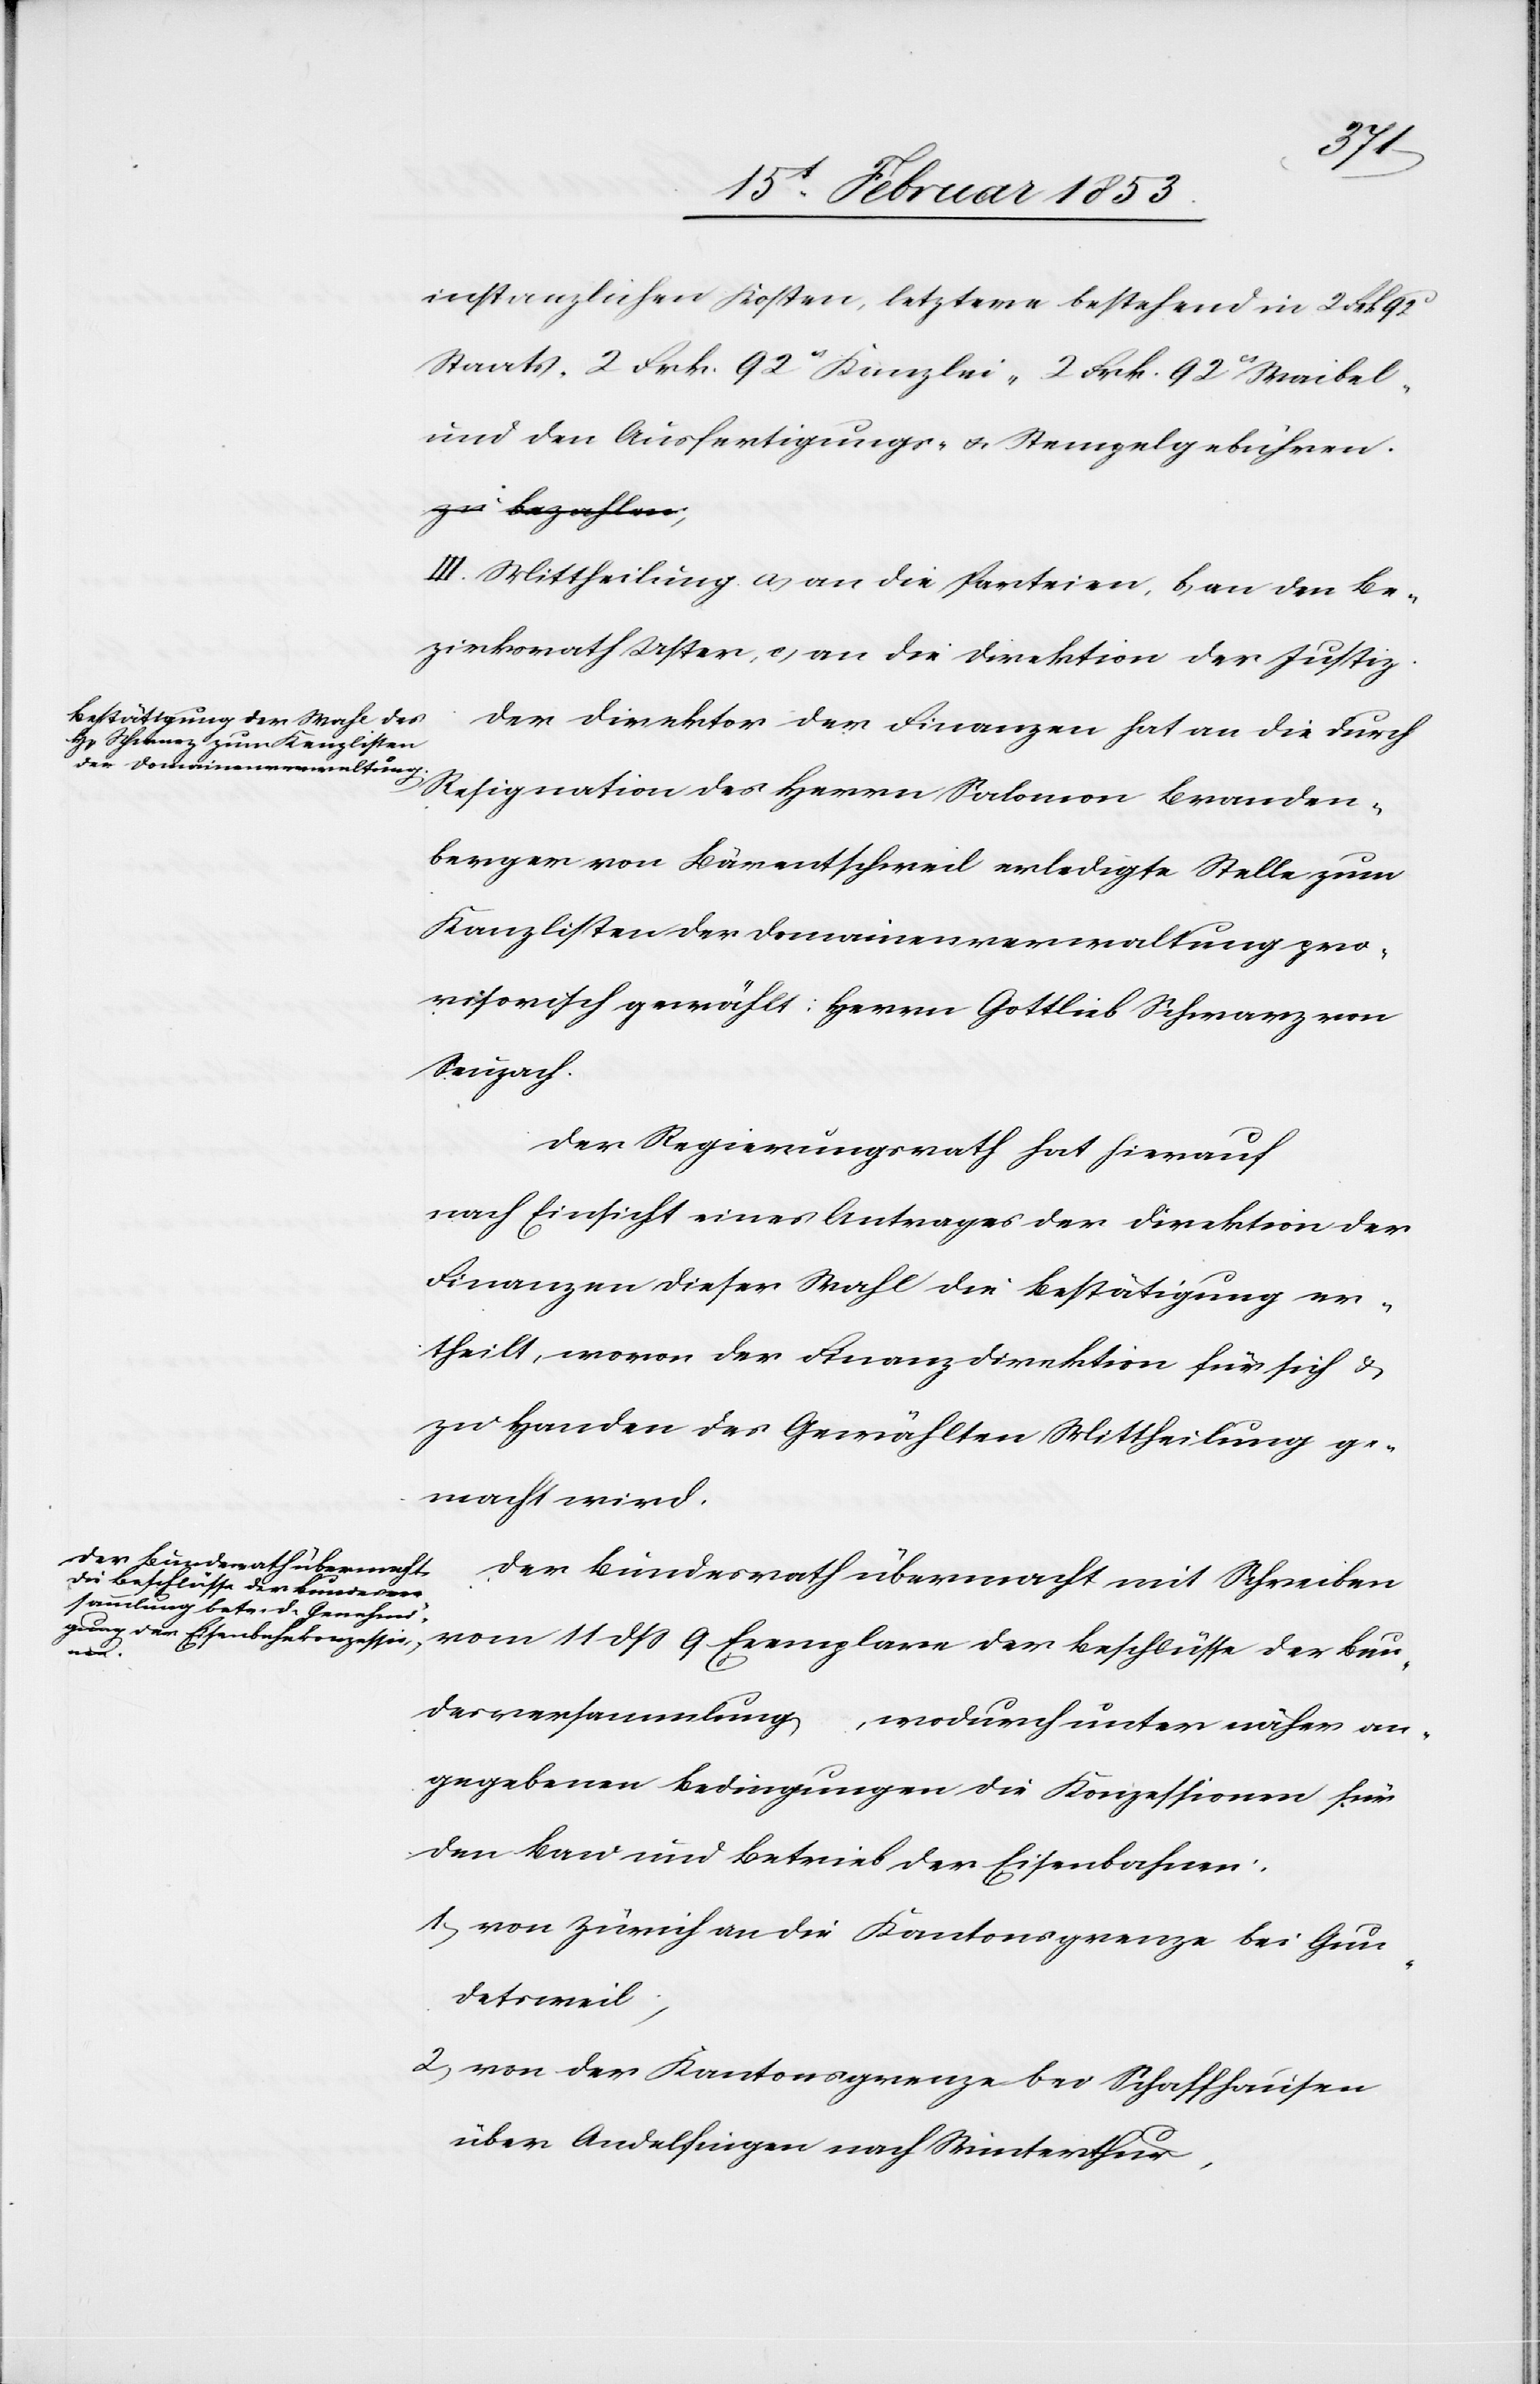
instanzlichen Kosten, letztere bestehend in 2 Frk 92
Staats- 2 Frk. 92 cs Kanzlei- 2 Frk. 92 cs Waibel-
und den Ausfertigungs- u. Stempelgebühren.
III. Mittheilung a, an die Parteien, b, an den Be¬
zirksrath Uster, c, an die Direktion der Justiz.
Der Direktor der Finanzen hat an die durch
Resignation des Herrn Salomon Branden¬
berger von Bärentschweil erledigte Stelle zum
Kanzlisten der Domainenverwaltung pro¬
visorische gewählt: Herrn Gottlieb Schwarz von
Seuzach.
Der Regierungsrath hat hierauf
nach Einsicht eines Antrages der Direktion der
Finanzen dieser Wahl die Bestätigung er¬
theilt, wovon der Finanzdirektion für sich u.
zu Handen des Gewählten Mittheilung ge¬
macht wird.
Der Bundesrath übermacht mit Schreiben
11 dß 9 Exemplare der Beschlüsse der Be¬
zirk¬
sversammlung, wodurch unter näher an¬
gegebenen Bedingungen die Konzessionen für
den Bau und Betrieb der Eisenbahnen.
1, von Zürich an die Kantonsgrenze bei Gun¬
detsweil,
2, von der Kantonsgrenze bei Schaffhausen
über Andelfingen nach Winterthur,